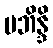
ပဘိန္ဒိ